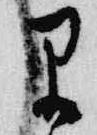
早